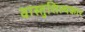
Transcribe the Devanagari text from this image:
वास्तुशिल्पकार